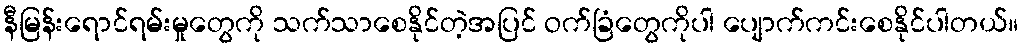
နီမြန်းရောင်ရမ်းမှုတွေကို သက်သာစေနိုင်တဲ့အပြင် ဝက်ခြံတွေကိုပါ ပျောက်ကင်းစေနိုင်ပါတယ်။